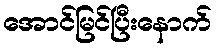
အောင်မြင်ပြီးနောက်